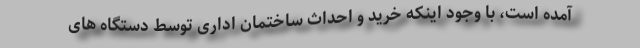
آمده است، با وجود اینکه خرید و احداث ساختمان اداری توسط دستگاه های